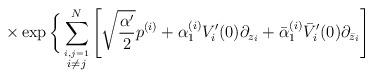
LaTeX: \begin{align*}\times \exp \bigg\{ \sum_{\stackrel{i,j=1}{i \neq j}}^{N} \left[ \sqrt{\frac{\alpha'}{2}} p^{(i)} + \alpha_{1}^{(i)} V'_{i}(0)\partial_{z_{i}} + \bar{\alpha}_{1}^{(i)} \bar{V}'_{i}(0) \partial_{\bar{z}_{i}} \right]\end{align*}